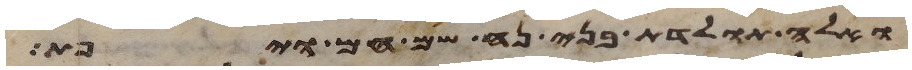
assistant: ואלה תולדת בני נח שם חם ויפת